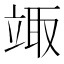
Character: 𥪏